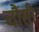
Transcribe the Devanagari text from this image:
चौंसी